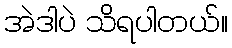
အဲဒါပဲ သိရပါတယ်။